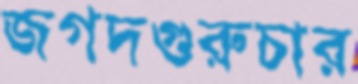
জগদগুরুচার